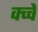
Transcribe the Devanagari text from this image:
क्च्चे